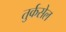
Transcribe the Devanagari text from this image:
तुर्कसेल